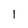
Character: l